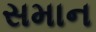
સમાન